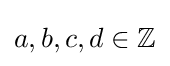
a,b,c,d\in \mathbb {Z}